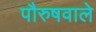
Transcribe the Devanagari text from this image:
पौरुषवाले